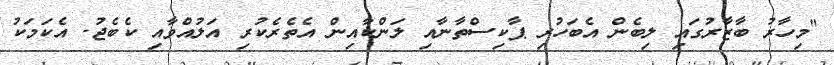
"މިހާރު ބާޒާރުގައި ލިބެން އެބަހުރި ޕާކިސްތާނާއި ލަންކާއިން އެތެރެކުރި އަލުއްވާއި ކެބެޖު. އެކަމަކު